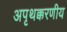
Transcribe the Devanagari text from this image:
अपृथक्करणीय